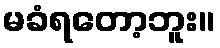
မခံရတော့ဘူး။